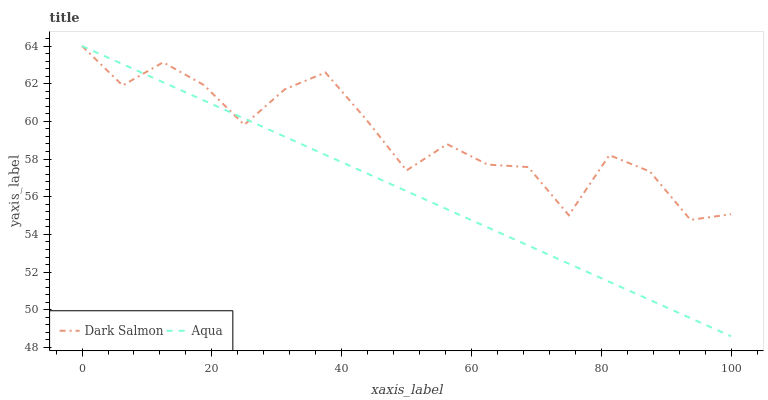
| xaxis_label | Dark Salmon | Aqua |
 | --- | --- | --- |
 | 0 | 64 | 64 |
 | 6.25 | 61.9 | 63 |
 | 12.5 | 63.1 | 62.1 |
 | 18.8 | 61.9 | 61.1 |
 | 25 | 59.8 | 60.1 |
 | 31.2 | 61.7 | 59.2 |
 | 37.5 | 62.6 | 58.2 |
 | 43.8 | 60.1 | 57.3 |
 | 50 | 57.4 | 56.3 |
 | 56.2 | 58.8 | 55.3 |
 | 62.5 | 57.7 | 54.4 |
 | 68.8 | 57.6 | 53.4 |
 | 75 | 55 | 52.4 |
 | 81.2 | 58.2 | 51.5 |
 | 87.5 | 57.3 | 50.5 |
 | 93.8 | 54.8 | 49.6 |
 | 100 | 55.1 | 48.6 |